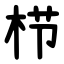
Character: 栉